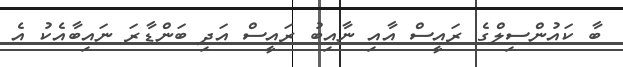
ބާ ކައުންސިލްގެ ރައީސް އާއި ނާއިބު ރައީސް އަދި ބަންޑާރަ ނައިބާއެކު އެ